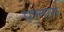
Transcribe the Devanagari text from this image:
एस्तास